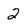
Character: 2